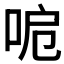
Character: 𠲪